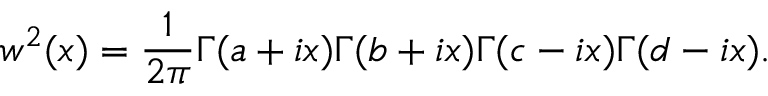
w ^ { 2 } ( x ) = { \frac { 1 } { 2 \pi } } \Gamma ( a + i x ) \Gamma ( b + i x ) \Gamma ( c - i x ) \Gamma ( d - i x ) .